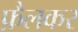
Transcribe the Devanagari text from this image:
फ़ैलकर